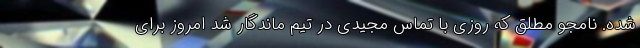
شده. نامجو مطلق که روزی با تماس مجیدی در تیم ماندگار شد امروز برای